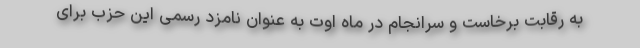
به رقابت برخاست و سرانجام در ماه اوت به عنوان نامزد رسمی این حزب برای